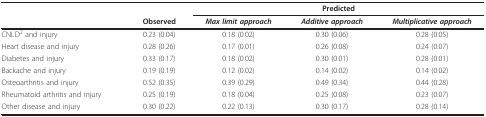
<table><thead><tr><td></td><td></td><td colspan="3"><b>Predicted</b></td></tr><tr><td></td><td><b>Observed</b></td><td><b><i>Max limit approach</i></b></td><td><b><i>Additive approach</i></b></td><td><b><i>Multiplicative approach</i></b></td></tr></thead><tbody><tr><td>CNLD<sup>2 </sup>and injury</td><td>0.23 (0.04)</td><td>0.18 (0.02)</td><td>0.30 (0.06)</td><td>0.28 (0.05)</td></tr><tr><td>Heart disease and injury</td><td>0.28 (0.26)</td><td>0.17 (0.01)</td><td>0.26 (0.08)</td><td>0.24 (0.07)</td></tr><tr><td>Diabetes and injury</td><td>0.33 (0.17)</td><td>0.18 (0.02)</td><td>0.30 (0.01)</td><td>0.28 (0.01)</td></tr><tr><td>Backache and injury</td><td>0.19 (0.19)</td><td>0.12 (0.02)</td><td>0.14 (0.02)</td><td>0.14 (0.02)</td></tr><tr><td>Osteoarthritis and injury</td><td>0.52 (0.35)</td><td>0.39 (0.29)</td><td>0.49 (0.34)</td><td>0.44 (0.28)</td></tr><tr><td>Rheumatoid arthritis and injury</td><td>0.25 (0.19)</td><td>0.18 (0.04)</td><td>0.25 (0.08)</td><td>0.23 (0.07)</td></tr><tr><td>Other disease and injury</td><td>0.30 (0.22)</td><td>0.22 (0.13)</td><td>0.30 (0.17)</td><td>0.28 (0.14)</td></tr></tbody></table>